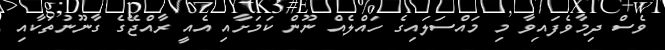
ވެސް ދިމާވެފައިވާ މި މައްސަލައިގެ ހައްލެއް ނޫން ކަމަށާއި އެއީ ރާއްޖޭގެ ގާނޫނުތަކާއި